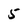
Character: 5